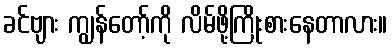
ခင်ဗျား ကျွန်တော့်ကို လိမ်ဖို့ကြိုးစားနေတာလား။